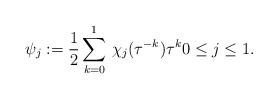
LaTeX: \begin{align*}\psi_j := \frac{1}{2}\sum_{k=0}^1\,\chi_j(\tau^{-k})\tau^k 0\le j\le 1.\end{align*}